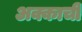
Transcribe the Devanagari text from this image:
अक्काची